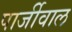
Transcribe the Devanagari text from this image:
पार्जीवाल